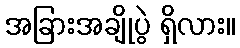
အခြားအချိုပွဲ ရှိလား။